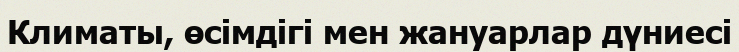
Климаты, өсімдігі мен жануарлар дүниесі